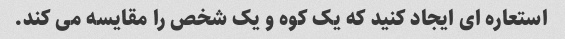
استعاره ای ایجاد کنید که یک کوه و یک شخص را مقایسه می کند.